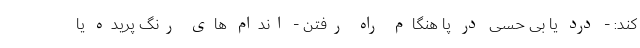
کند: - درد یا بی حسی در پا هنگام راه رفتن - اندام های رنگ پریده یا